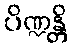
ပိဏ္ဍန္တိ